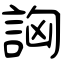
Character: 詾